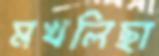
মখলিছা